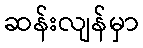
ဆန်းလျန်မှာ